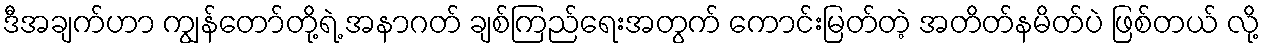
ဒီအချက်ဟာ ကျွန်တော်တို့ရဲ့ အနာဂတ် ချစ်ကြည်ရေးအတွက် ကောင်းမြတ်တဲ့ အတိတ်နမိတ်ပဲ ဖြစ်တယ် လို့